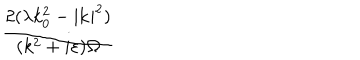
\frac { 2 ( \lambda k _ { 0 } ^ { 2 } - | \mathbf { k } | ^ { 2 } ) } { ( k ^ { 2 } + i \varepsilon ) \Omega }